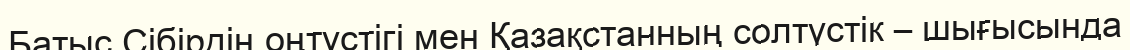
Батыс Сібірдің оңтүстігі мен Қазақстанның солтүстік – шығысында